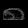
Digit: ၈